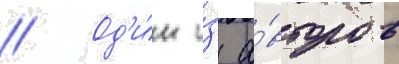
// Од'и́н и́з а́второв